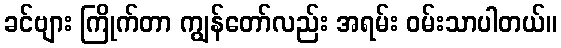
ခင်ဗျား ကြိုက်တာ ကျွန်တော်လည်း အရမ်း ဝမ်းသာပါတယ်။